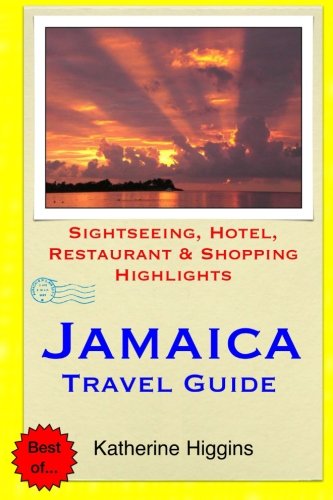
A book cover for Jamaica Travel Guide: Sightseeing, Hotel, Restaurant & Shopping Highlights; Katherine Higgins; Travel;